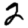
Digit: 2